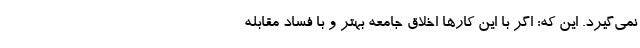
نمی‌گیرد. این که: اگر با این کارها اخلاق جامعه بهتر و با فساد مقابله